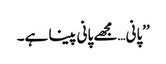
’’پانی…مجھے پانی پینا ہے۔